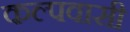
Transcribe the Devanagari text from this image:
कल्पवासी